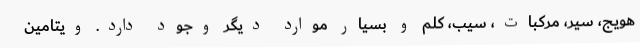
هویج، سیر، مرکبات، سیب، کلم و بسیار موارد دیگر وجود دارد. ویتامین